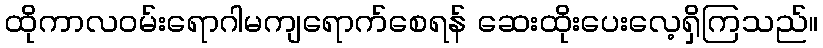
ထိုကာလဝမ်းရောဂါမကျရောက်စေရန် ဆေးထိုးပေးလေ့ရှိကြသည်။